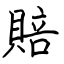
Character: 賠